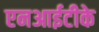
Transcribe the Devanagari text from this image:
एनआईटीके